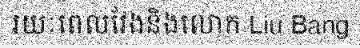
រយៈពេលវែងនិងលោក Liu Bang